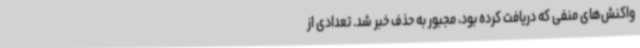
واکنش‌های منفی که دریافت کرده بود، مجبور به حذف خبر شد. تعدادی از